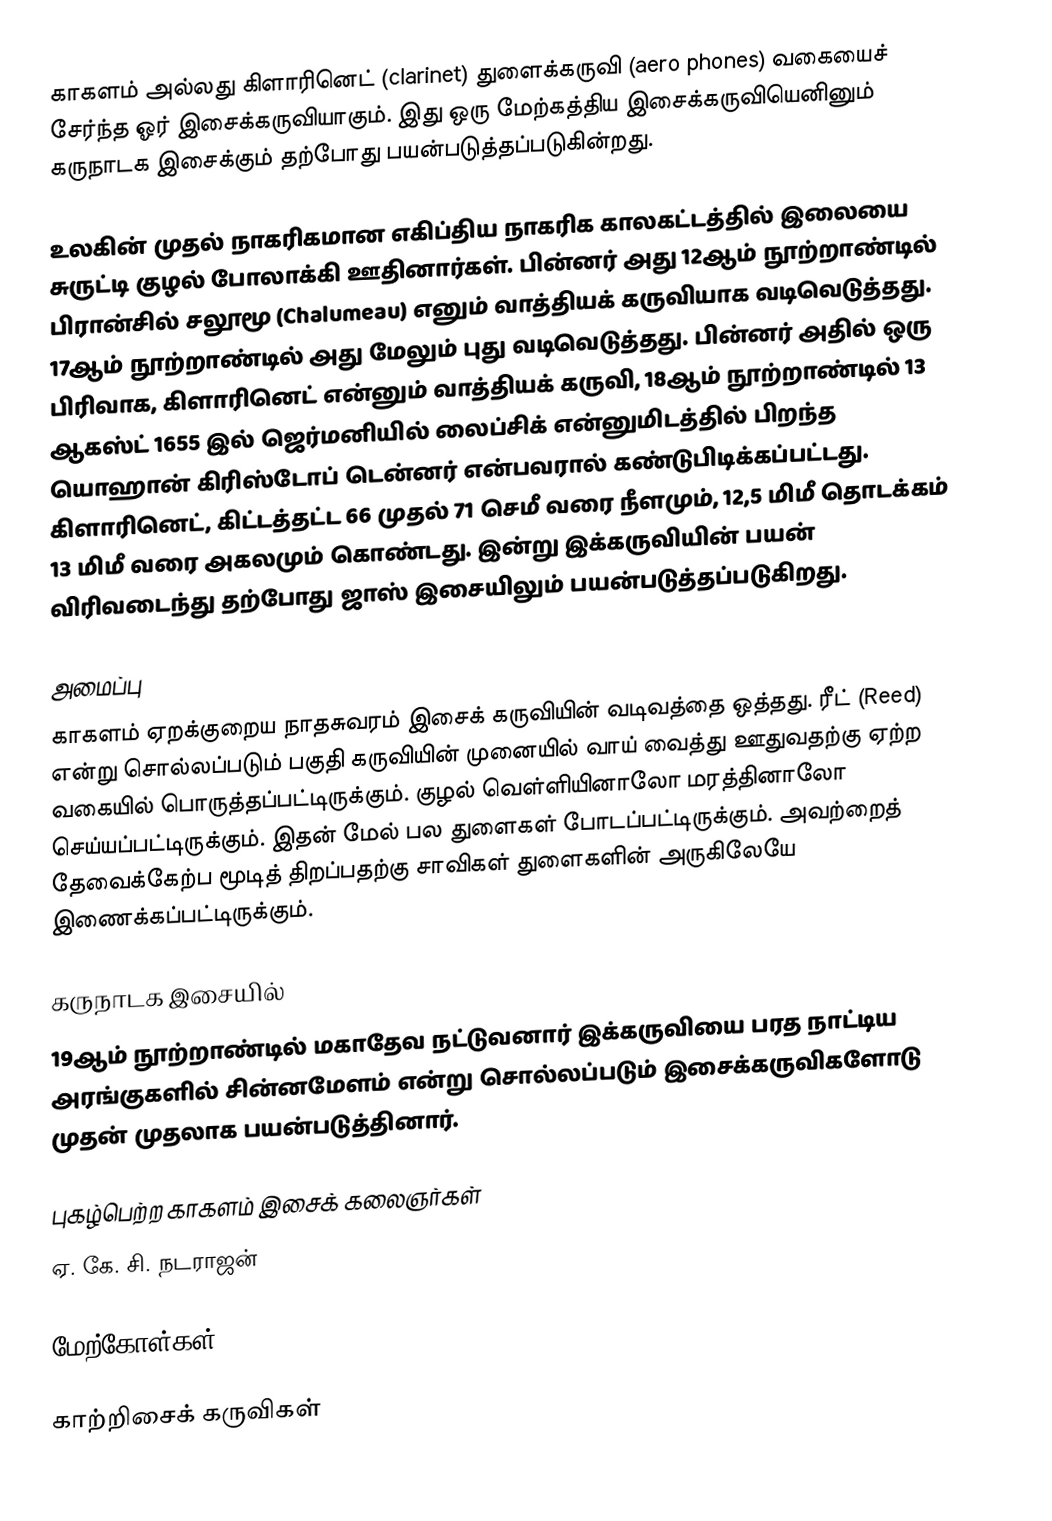
காகளம்  அல்லது கிளாரினெட் (clarinet) துளைக்கருவி (aero phones) வகையைச் சேர்ந்த ஓர் இசைக்கருவியாகும். இது ஒரு மேற்கத்திய இசைக்கருவியெனினும் கருநாடக இசைக்கும் தற்போது பயன்படுத்தப்படுகின்றது.

உலகின் முதல் நாகரிகமான எகிப்திய நாகரிக காலகட்டத்தில் இலையை சுருட்டி குழல் போலாக்கி ஊதினார்கள். பின்னர் அது 12ஆம் நூற்றாண்டில் பிரான்சில் சலூமூ (Chalumeau) எனும் வாத்தியக் கருவியாக வடிவெடுத்தது. 17ஆம் நூற்றாண்டில் அது மேலும் புது வடிவெடுத்தது. பின்னர் அதில் ஒரு பிரிவாக, கிளாரினெட் என்னும் வாத்தியக் கருவி, 18ஆம் நூற்றாண்டில் 13 ஆகஸ்ட் 1655 இல் ஜெர்மனியில் லைப்சிக் என்னுமிடத்தில் பிறந்த யொஹான் கிரிஸ்டோப் டென்னர் என்பவரால் கண்டுபிடிக்கப்பட்டது. கிளாரினெட், கிட்டத்தட்ட 66 முதல் 71 செமீ வரை நீளமும், 12,5 மிமீ தொடக்கம் 13 மிமீ வரை அகலமும் கொண்டது. இன்று இக்கருவியின் பயன் விரிவடைந்து தற்போது ஜாஸ் இசையிலும் பயன்படுத்தப்படுகிறது.

அமைப்பு
காகளம்  ஏறக்குறைய நாதசுவரம் இசைக் கருவியின் வடிவத்தை ஒத்தது. ரீட் (Reed) என்று சொல்லப்படும் பகுதி கருவியின் முனையில் வாய் வைத்து ஊதுவதற்கு ஏற்ற வகையில் பொருத்தப்பட்டிருக்கும். குழல் வெள்ளியினாலோ மரத்தினாலோ செய்யப்பட்டிருக்கும். இதன் மேல் பல துளைகள் போடப்பட்டிருக்கும். அவற்றைத் தேவைக்கேற்ப மூடித் திறப்பதற்கு சாவிகள் துளைகளின் அருகிலேயே இணைக்கப்பட்டிருக்கும்.

கருநாடக இசையில்
19ஆம் நூற்றாண்டில் மகாதேவ நட்டுவனார் இக்கருவியை பரத நாட்டிய அரங்குகளில் சின்னமேளம் என்று சொல்லப்படும் இசைக்கருவிகளோடு முதன் முதலாக பயன்படுத்தினார்.

புகழ்பெற்ற காகளம்   இசைக் கலைஞர்கள்
ஏ. கே. சி. நடராஜன்

மேற்கோள்கள்

காற்றிசைக் கருவிகள்